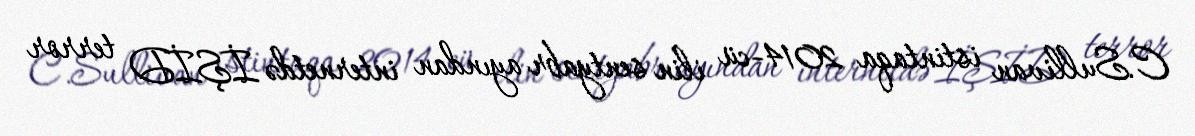
C.Sullivan istintaqa 2014-cü ilin sentyabr ayından internetdə İŞİD terror